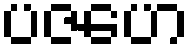
ပဇဟေ